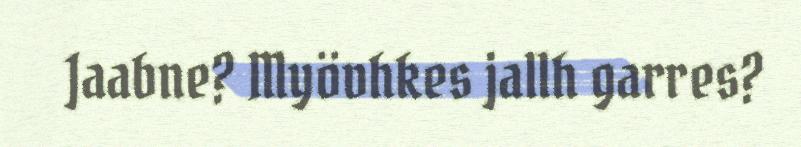
Jaabne? Myövhkes jallh garres?